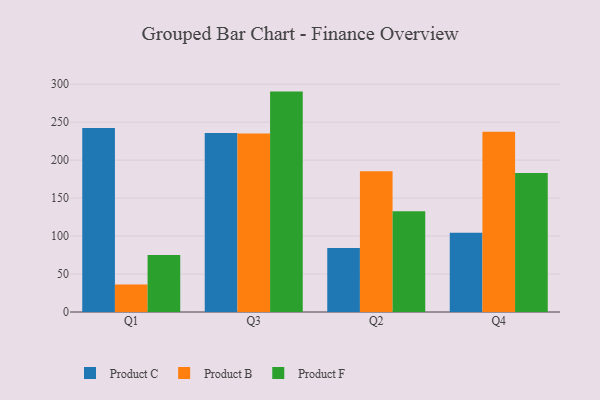
{"axis": {"x": "Quarter", "y": "Production Output"}, "legend": ["Product B", "Product C", "Product F"], "data": [{"x": "Q1", "y": 242.5, "type": "Product C"}, {"x": "Q1", "y": 36.2, "type": "Product B"}, {"x": "Q1", "y": 75.0, "type": "Product F"}, {"x": "Q3", "y": 235.8, "type": "Product C"}, {"x": "Q3", "y": 235.1, "type": "Product B"}, {"x": "Q3", "y": 290.3, "type": "Product F"}, {"x": "Q2", "y": 84.3, "type": "Product C"}, {"x": "Q2", "y": 185.3, "type": "Product B"}, {"x": "Q2", "y": 132.6, "type": "Product F"}, {"x": "Q4", "y": 104.4, "type": "Product C"}, {"x": "Q4", "y": 237.5, "type": "Product B"}, {"x": "Q4", "y": 183.0, "type": "Product F"}]}